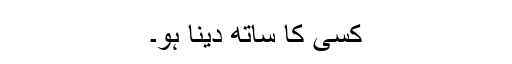
کسی کا ساتھ دینا ہو۔